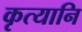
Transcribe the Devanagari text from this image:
कृत्यानि